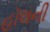
હૉલની